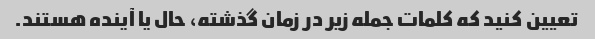
تعیین کنید که کلمات جمله زیر در زمان گذشته، حال یا آینده هستند.